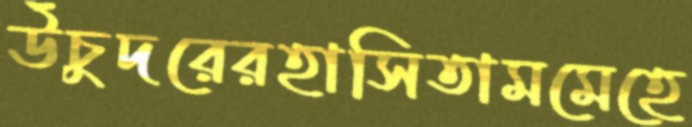
উঁচুদরেরহাসিতামমেহে